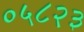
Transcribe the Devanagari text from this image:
०५८२३